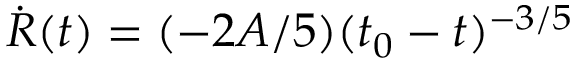
\dot { R } ( t ) = ( - 2 A / 5 ) ( t _ { 0 } - t ) ^ { - 3 / 5 }